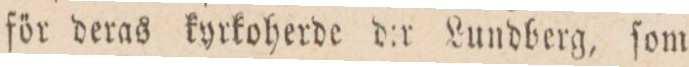
för deras kyrkoherde d:r Lundberg, ſom